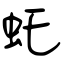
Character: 虴